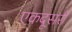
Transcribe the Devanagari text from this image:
एकदूसरी